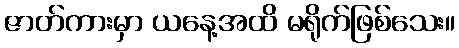
ဇာတ်ကားမှာ ယနေ့အထိ မရိုက်ဖြစ်သေး။